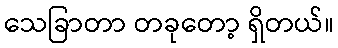
သေခြာတာ တခုတော့ ရှိတယ်။